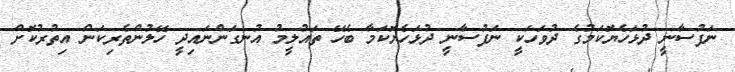
ނަފުސާނީ ދުޅަހެޔޮކަމުގެ ދުވަހަކީ ނަފުސާނީ ދުޅަހެޔޮކަމާ ބެހޭ ތައުލީމު އުނގަންނައިދީ ހޭލުންތެރިކަން އިތުރުކޮށް